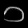
Digit: ၁